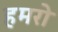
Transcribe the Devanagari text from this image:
हमरो